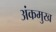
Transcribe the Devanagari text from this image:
अंकमुख